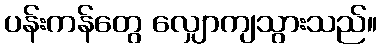
ပန်းကန်တွေ လျှောကျသွားသည်။